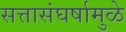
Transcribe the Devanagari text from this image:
सत्तासंघर्षामुळे